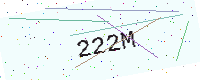
Text: 222M